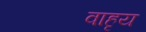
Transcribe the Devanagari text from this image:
वाहृय